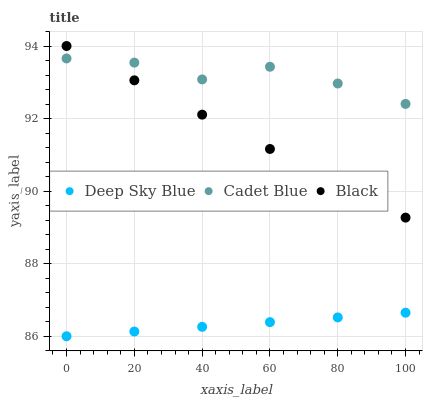
| xaxis_label | Deep Sky Blue | Cadet Blue | Black |
 | --- | --- | --- | --- |
 | 0 | 86 | 93.7 | 94 |
 | 20 | 86.1 | 93.5 | 93.1 |
 | 40 | 86.3 | 93.1 | 92.1 |
 | 60 | 86.4 | 93.4 | 91.2 |
 | 80 | 86.5 | 93 | 90.2 |
 | 100 | 86.6 | 92.4 | 89.3 |